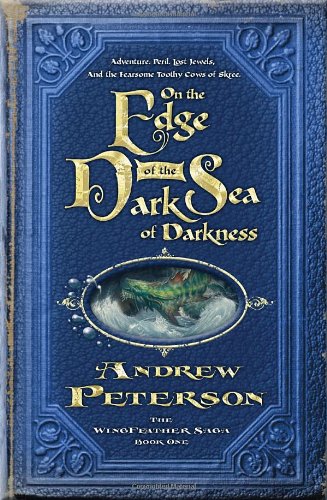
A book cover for On the Edge of the Dark Sea of Darkness (The Wingfeather Saga); Andrew Peterson; Literature & Fiction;